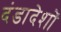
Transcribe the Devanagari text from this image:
दंडादेशों